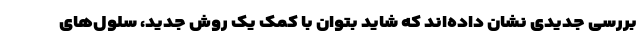
بررسی جدیدی نشان داده‌اند که شاید بتوان با کمک یک روش جدید، سلول‌های